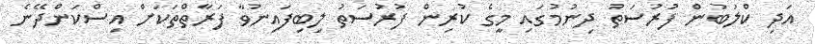
އަދި ކްލަބުން ފުރުސަތު ދިނުމުގައި މީގެ ކުރިން ފުރުސަތު ލިބިފައިނުވާ ފަރާތްތަކަށް އިސްކަންދޭނެ